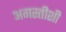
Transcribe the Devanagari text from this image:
अगस्तीशी